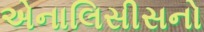
એનાલિસીસનો